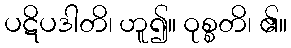
ပဋိပဒါတိ၊ ဟူ၍။ ဝုစ္စတိ၊ ၏။